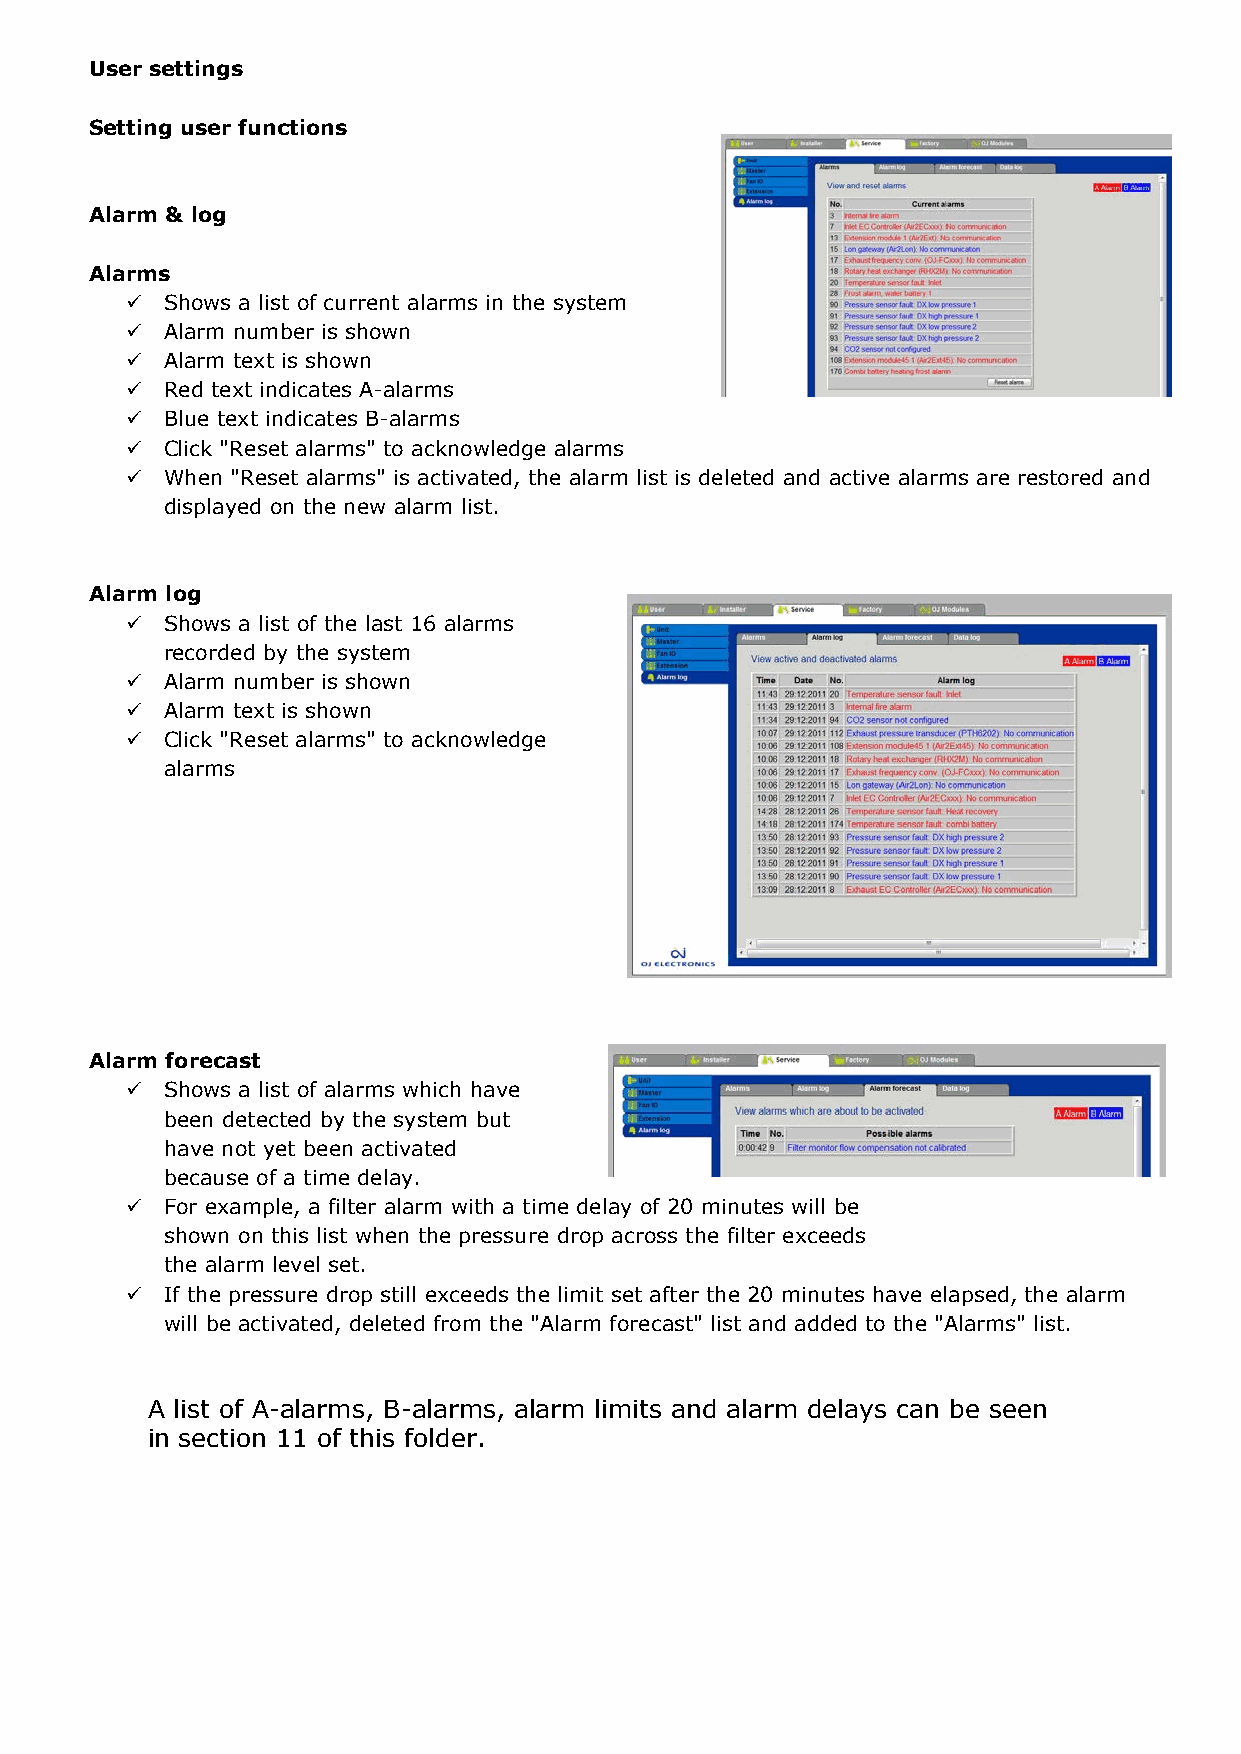
User settings User settings
 Setting user functions Setting user functions
 Temperature setpoint
 Alarm & log
 The setpoint described in this section is always the
 temperature setpoint for the control type selected. Alarms
   Shows a list of current alarms in the system
   Alarm number is shown
 The selected control type is displayed here.
   Alarm text is shown
   Red text indicates A-alarms
   Blue text indicates B-alarms
   Click "Reset alarms" to acknowledge alarms
   When "Reset alarms" is activated, the alarm list is deleted and active alarms are restored and
 displayed on the new alarm list.
 Control type is selected under:
  "Installer > Temperature" and can be selected to: Alarm log
  "Constant inlet"……………………….…Supply air temp. is displayed  Shows a list of the last 16 alarms
  "Constant extract" "…………………Exhaust air temp. is displayed recorded by the system
  "Constant room""…………………………Room air temp. is displayed  Alarm number is shown
  "Constant supply/exhaust diff."…Supply air temp. is displayed  Alarm text is shown
   Click "Reset alarms" to acknowledge
 alarms
 Changing the temperature setting (temperature setpoint):
 Values can be changed by entering a new value in the data-entry field or by moving the mouse onto
 the value beside the thermometer, pressing the left-hand mouse button, moving the value and
 releasing the left-hand mouse button beside the required value.
 Finish with "Save".
 User settings
 Alarm forecast
   Shows a list of alarms which have
 Setting user functions
 been detected by the system but
 have not yet been activated
 because of a time delay.
   For example, a filter alarm with a time delay of 20 minutes will be
 Time and date
 shown on this list when the pressure drop across the filter exceeds
 the alarm level set.
  Set actual "Year"
   If the pressure drop still exceeds the limit set after the 20 minutes have elapsed, the alarm
  Set actual "Month"
 will be activated, deleted from the "Alarm forecast" list and added to the "Alarms" list.
  Set actual "Date"
  Set actual "Week day"
  Select automatic summer/winter time changeover if wanted A list of A-alarms, B-alarms, alarm limits and alarm delays can be seen
 in section 11 of this folder.
  Set actual "Time"
  Or retrieve the current "time and date" from a connected PC
  Finish with "Save".